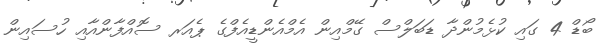
ބޯޑް 4 ގައި ކުޅެމުންދާ ޑަބަލްސް ގޭމްއިން އެމްއެންޑީއެފްގެ ޕެއަރ ސޮއްފާންއާއި ހުސައިން